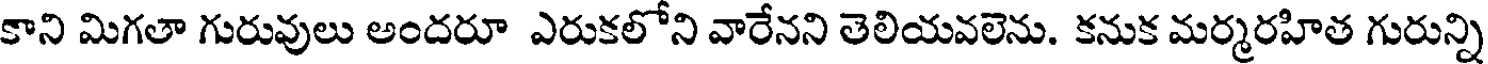
కాని మిగతా గురువులు అందరూ ఎరుకలోని వారేనని తెలియవలెను. కనుక మర్మరహిత గురున్ని